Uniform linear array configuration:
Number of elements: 48
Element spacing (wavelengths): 0.5
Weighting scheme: kaiser
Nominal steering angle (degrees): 60
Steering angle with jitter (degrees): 60.742
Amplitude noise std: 0.05
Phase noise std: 0.05

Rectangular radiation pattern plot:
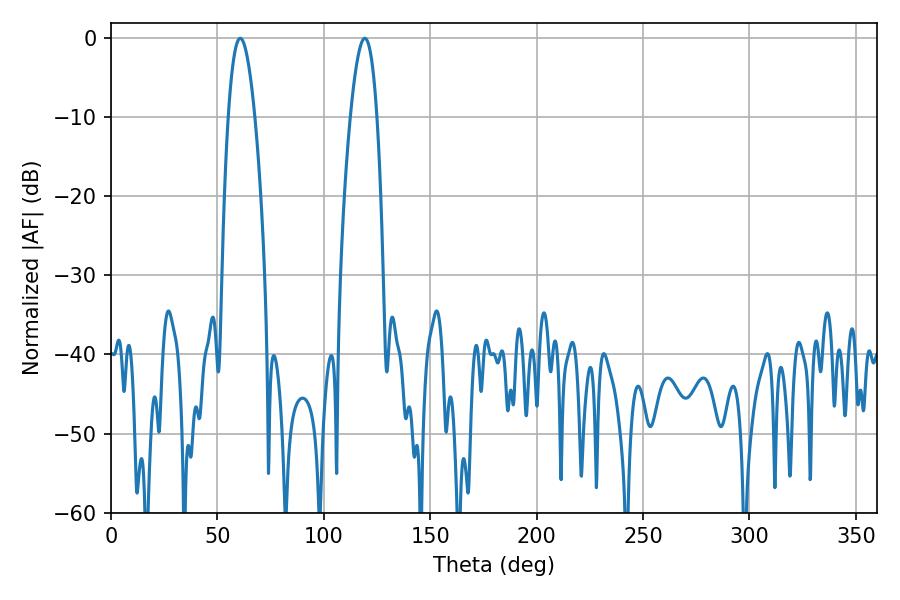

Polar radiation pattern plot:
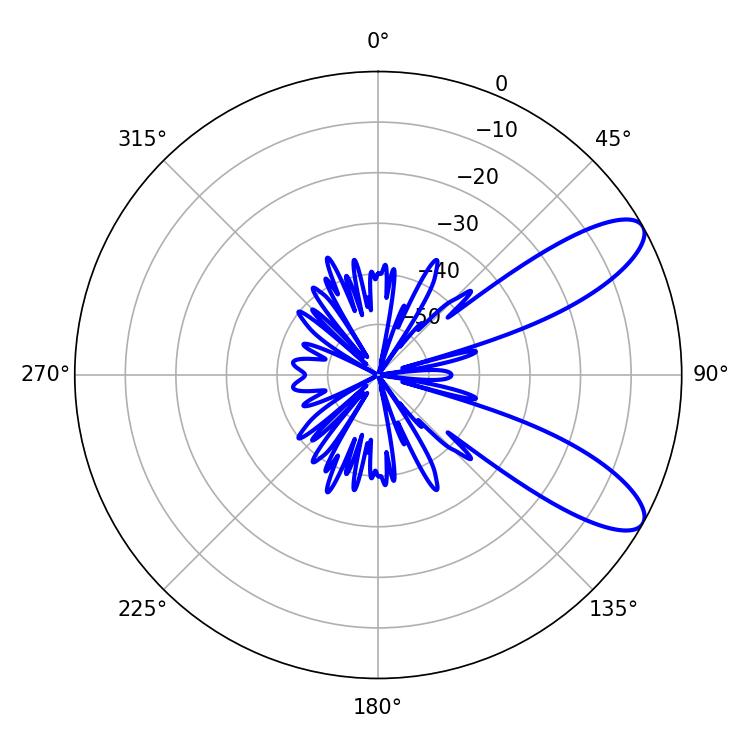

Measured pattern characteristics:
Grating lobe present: FALSE
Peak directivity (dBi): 9.475
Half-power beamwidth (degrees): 6.84
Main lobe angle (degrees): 60.66